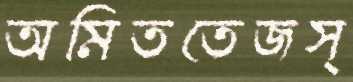
অমিততেজস্